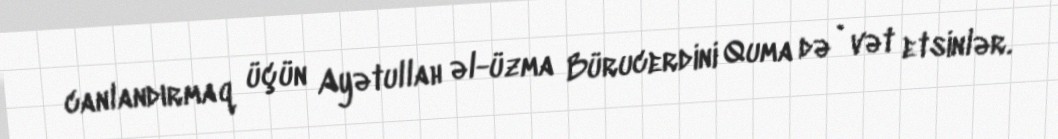
canlandırmaq üçün Ayətullah əl-üzma Bürucerdini Quma də`vət etsinlər.